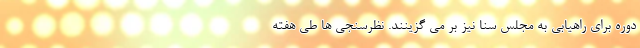
دوره برای راهیابی به مجلس سنا نیز بر می گزینند. نظرسنجی ها طی هفته